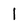
Character: I